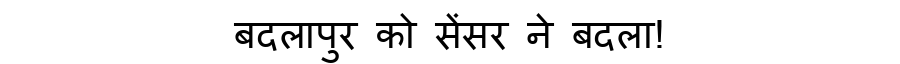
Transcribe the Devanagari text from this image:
बदलापुर को सेंसर ने बदला!